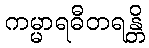
ကမ္မာရဓီတရန္တိ